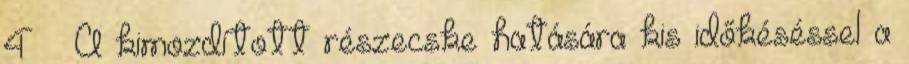
4  A kimozdított részecske hatására kis időkéséssel a